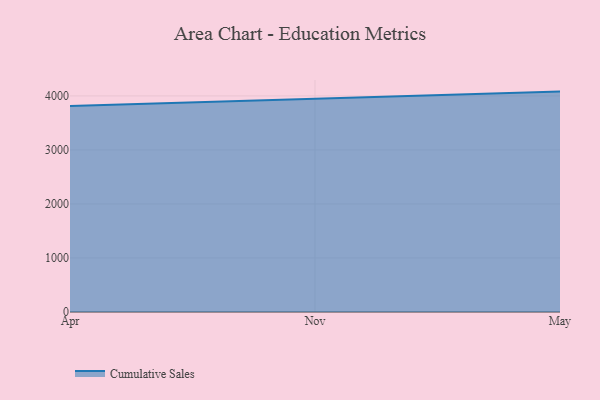
{"axis": {"x": "Month", "y": "Website Visitors"}, "legend": ["Cumulative Sales"], "data": [{"x": "Apr", "y": 3812.5, "type": "Cumulative Sales"}, {"x": "Nov", "y": 3940.3, "type": "Cumulative Sales"}, {"x": "May", "y": 4079.9, "type": "Cumulative Sales"}]}